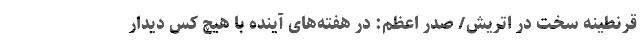
قرنطینه سخت در اتریش/ صدر اعظم: در هفته‌های آینده با هیچ کس دیدار